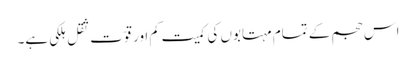
اس حجم کے تمام مہتابوں کی کمیت کم اور قوّت ثقل ہلکی ہے۔